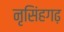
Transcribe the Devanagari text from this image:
नृसिंहगढ़